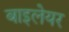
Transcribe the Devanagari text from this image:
बाइलेयर